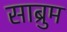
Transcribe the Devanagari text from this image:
साब्रुम